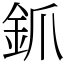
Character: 釽